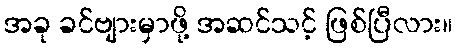
အခု ခင်ဗျားမှာဖို့ အဆင်သင့် ဖြစ်ပြီလား။